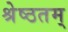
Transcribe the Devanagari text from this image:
श्रेष्ठतम्